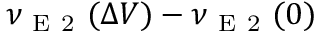
\nu _ { \mathrm { ~ E ~ 2 ~ } } ( \Delta V ) - \nu _ { \mathrm { ~ E ~ 2 ~ } } ( 0 )